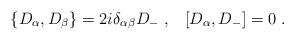
LaTeX: \begin{align*}\{ D_\alpha, D_\beta \} = 2i \delta_{\alpha\beta}D_-\;, \;\;\;[D_\alpha, D_-] = 0\;.\end{align*}